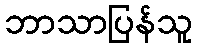
ဘာသာပြန်သူ